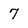
Character: 7